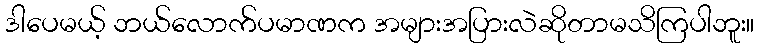
ဒါပေမယ့် ဘယ်လောက်ပမာဏက အများအပြားလဲဆိုတာမသိကြပါဘူး။